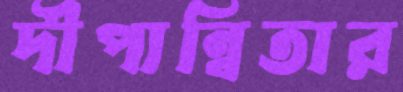
দীপান্বিতার